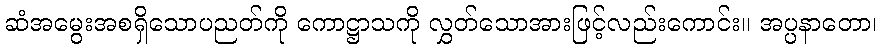
ဆံအမွေးအစရှိသောပညတ်ကို ကောဋ္ဌာသကို လွှတ်သောအားဖြင့်လည်းကောင်း။ အပ္ပနာတော၊